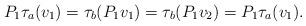
LaTeX: \begin{align*}P_1\tau_a(v_1)=\tau_b(P_1v_1)=\tau_b(P_1v_2)=P_1\tau_a(v_1).\end{align*}